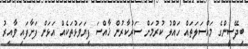
ބިދޭސީންގެ މައްސަލަތައް ހައްލު ކުރުމަށް ސަރުކާރުން ޚާއްސަ ފިޔަވަޅުތަކެއް އަޅަން ފަށާފައި ވާއިރު